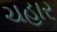
ચહાર